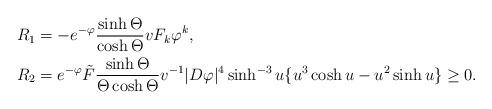
LaTeX: \begin{align*}R_1 &= - e^{-\varphi} \frac{\sinh \Theta}{\cosh \Theta} v F_k \varphi^k,\\R_2 &= e^{-\varphi} \tilde{F} \frac{\sinh \Theta}{\Theta \cosh \Theta} v^{-1} |D \varphi|^4 \sinh^{-3} u\{ u^3 \cosh u- u^2 \sinh u\} \geq 0.\end{align*}